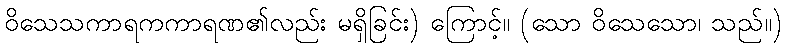
ဝိသေသကာရကကာရဏ၏လည်း မရှိခြင်း) ကြောင့်။ (သော ဝိသေသော၊ သည်။)